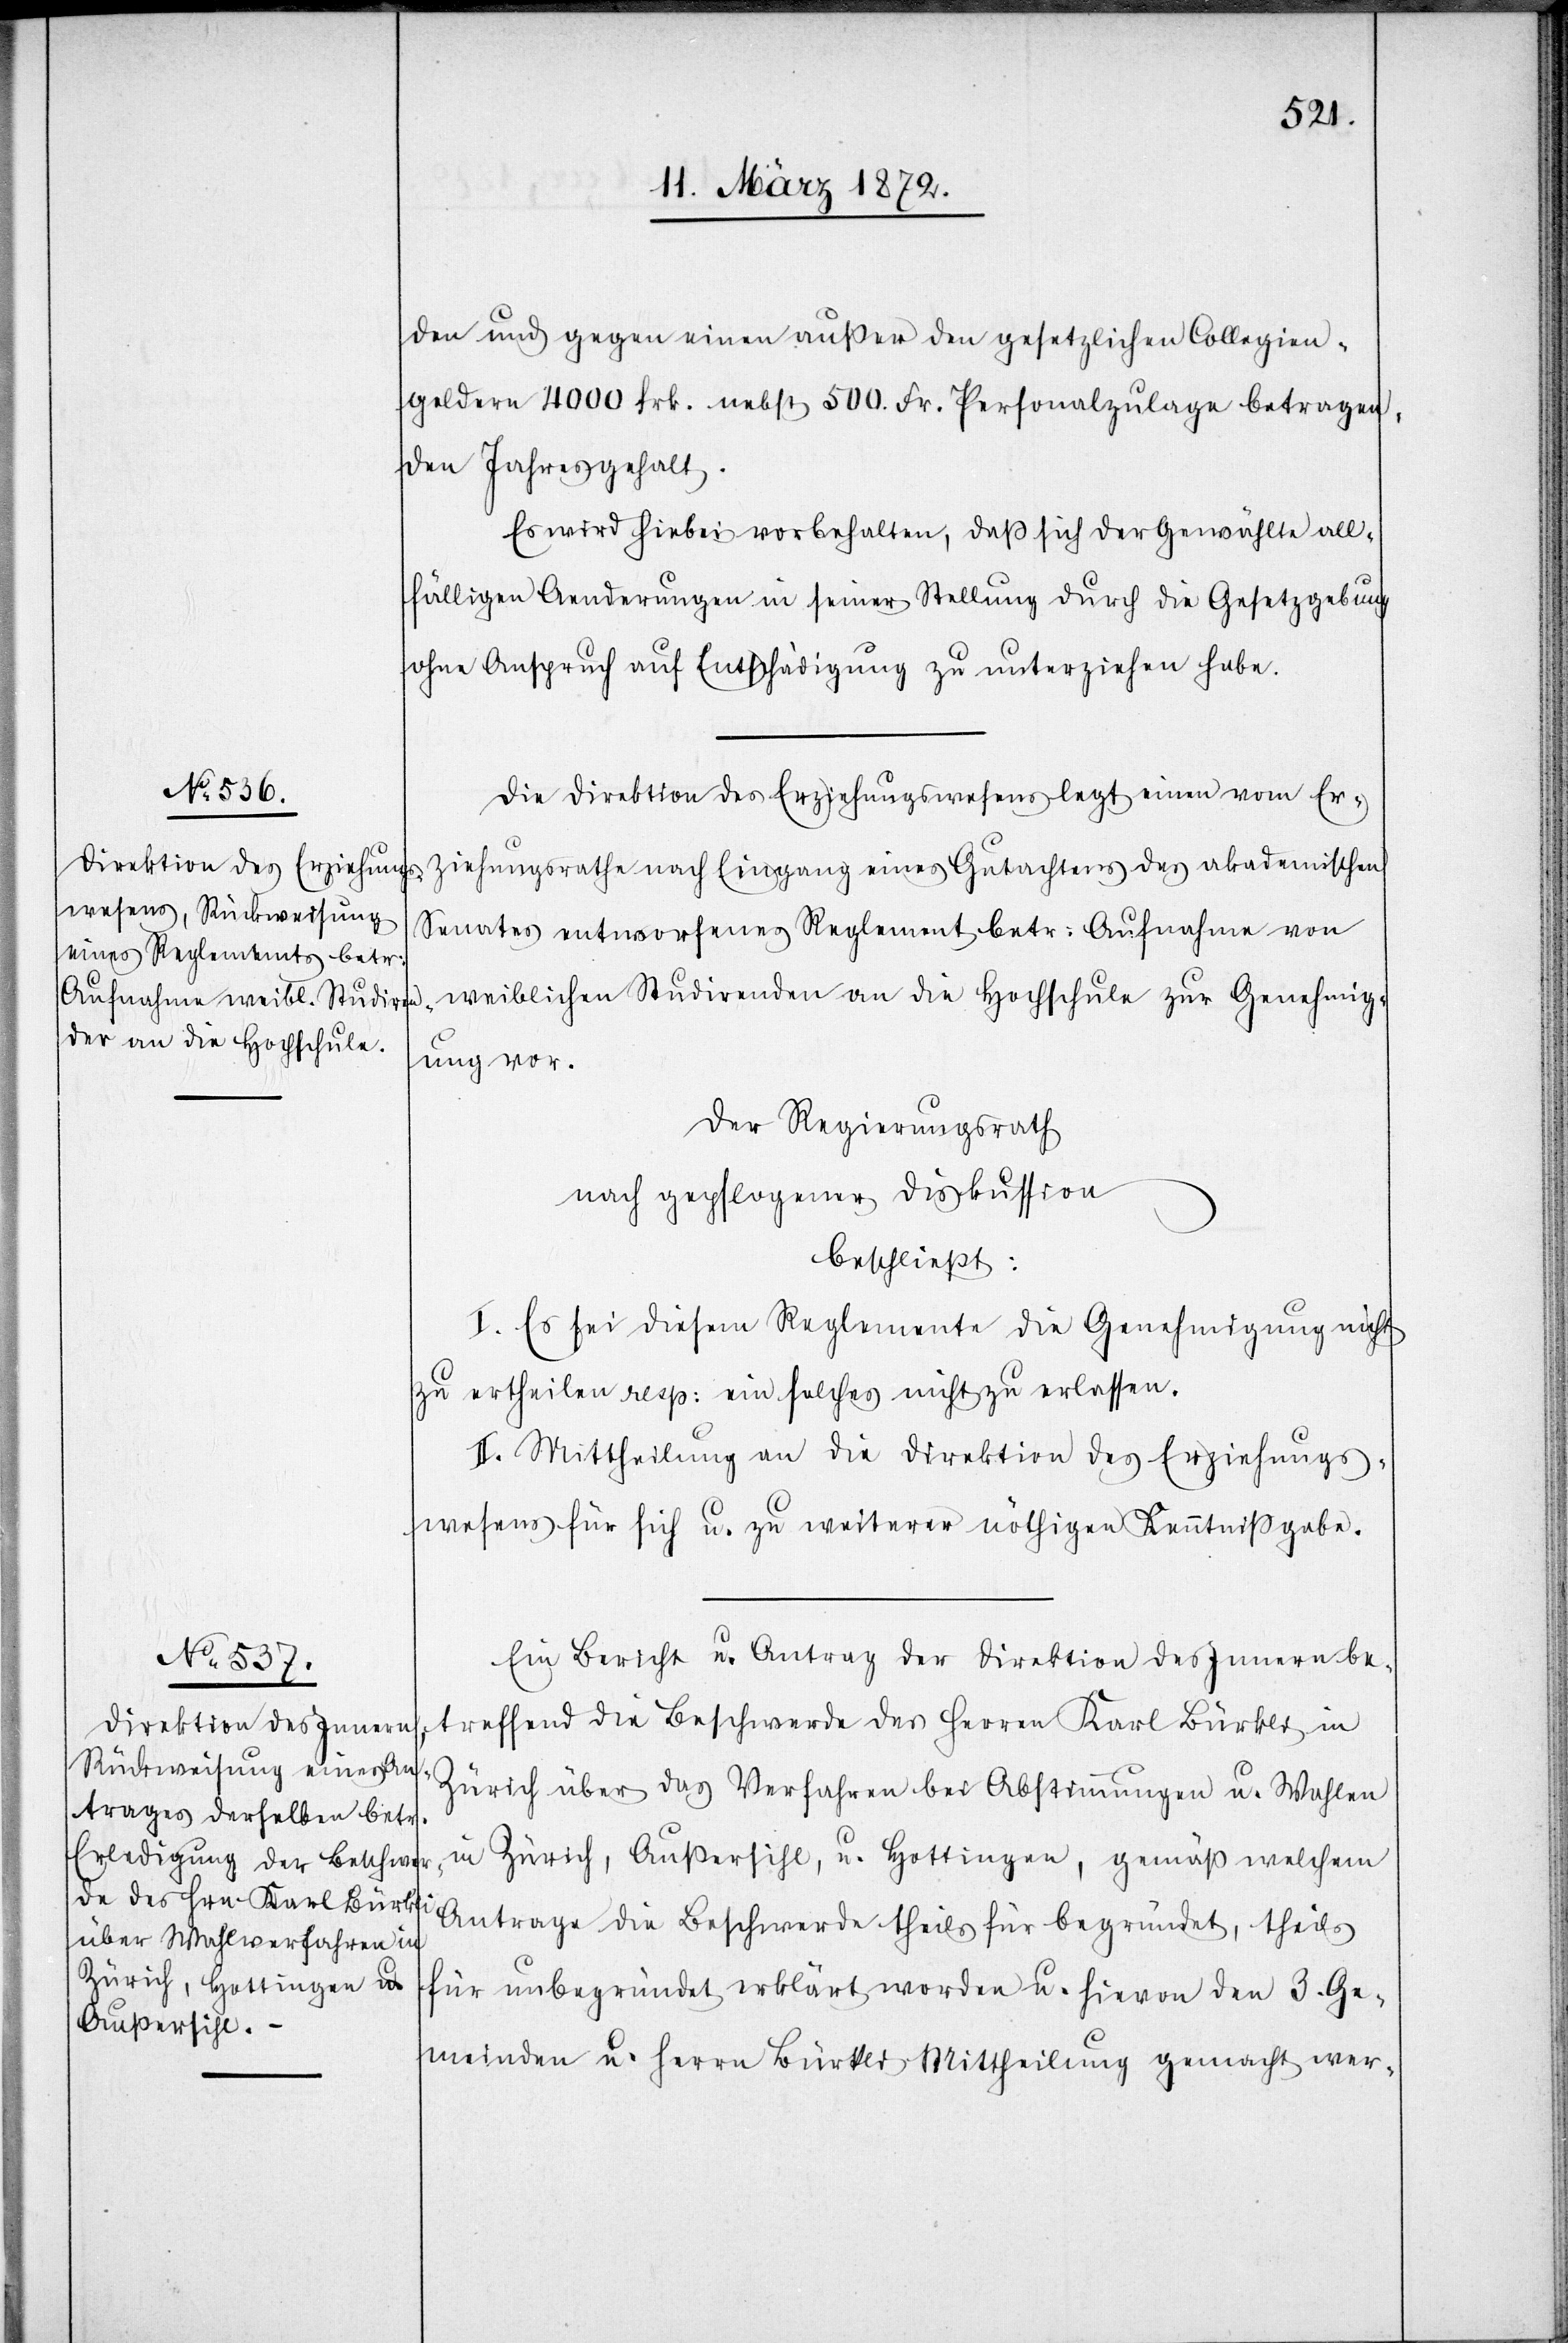
den und gegen einen außer den gesetzlichen Collegien¬
gelder 4000 Frk. nebst 500. Fr. Personalzulage betragen¬
den Jahresgehalt.
Es wird hiebei vorbehalten, daß sich der Gewählte all¬
fälligen Aenderungen in seiner Stellung durch die Gesetzesgebung
ohne Anspruch auf Entschädigung zu unterziehen habe.
Die Direktion des Erziehungswesens legt einen vom Er¬
ziehungsrathe nach Eingang eines Gutachtens des akademischen
Senates entworfenes Reglement betr: Aufnahme von
weiblichen Studirenden an die Hochschule zur Genehmig¬
ung vor.
Der Regierungsrath
nach gepflogener Diskussion
beschließt:
I. Es sei diesem Reglement die Genehmigung nicht
zu ertheilen resp: ein solches nicht zu erlassen.
II. Mittheilung an die Direktion des Erziehungs¬
wesens für sich u. zu weiterer nöthigen Kenntnißgabe.
Ein Bericht u. Antrag der Direktion des Innern be¬
treffend die Beschwerde des Herren Karl Bürkli in
Zürich über das Verfahren bei Abstimmungen u. Wahlen
in Zürich, Außersihl, u. Hottingen, gemäß welchem
Antrage die Beschwerde theils für begründet, theils
für unbegründet erklärt worden u. hievon den 3. Ge¬
meinden u. Herrn Bürkli Mittheilung gemacht wer-